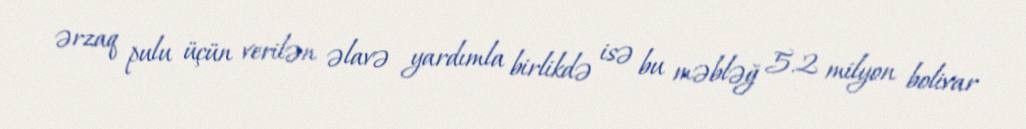
ərzaq pulu üçün verilən əlavə yardımla birlikdə isə bu məbləğ 5.2 milyon bolivar